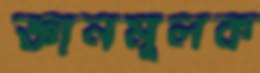
জ্ঞানমূলক